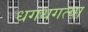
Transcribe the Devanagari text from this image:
धगधगत्या